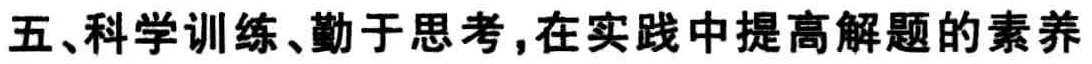
五、科学训练、勤于思考,在实践中提高解题的素养